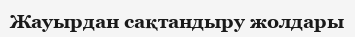
Жауырдан сақтандыру жолдары